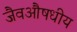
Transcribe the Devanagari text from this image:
जैवऔषधीय